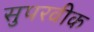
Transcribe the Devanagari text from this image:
सुपरवीक